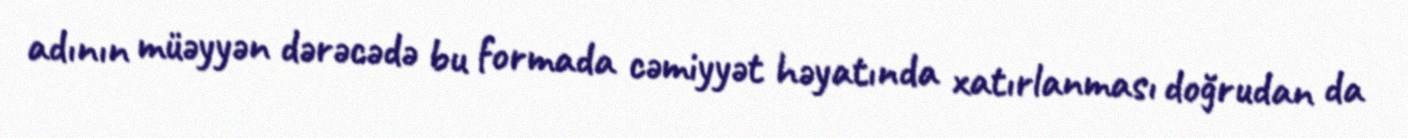
adının müəyyən dərəcədə bu formada cəmiyyət həyatında xatırlanması doğrudan da